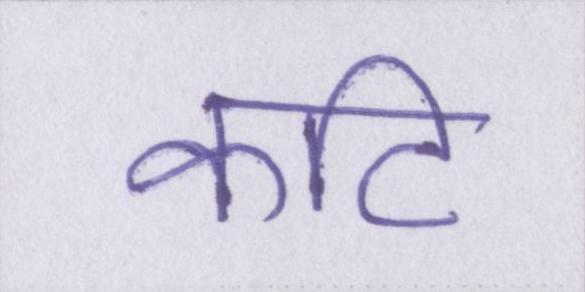
कटि